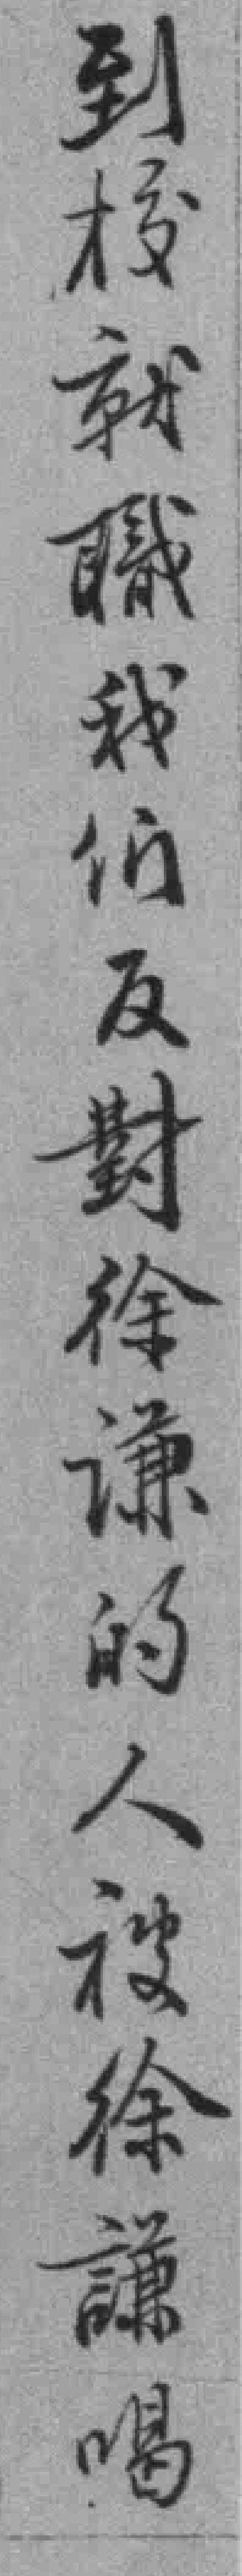
到校就職我们反對徐谦的人被徐謙喝